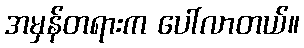
အမှန်တရားက ပေါ်လာတယ်။